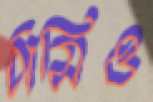
ঠাসিও